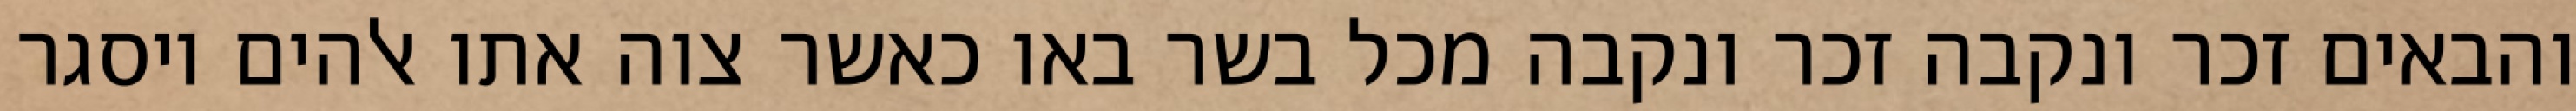
והבאים זכר ונקבה זכר ונקבה מכל בשר באו כאשר צוה אתו אלהים ויסגר